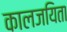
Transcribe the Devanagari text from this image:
कालजयिता